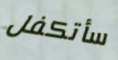
سأتكفل